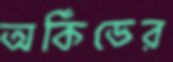
অর্কিডের